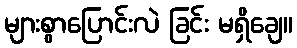
များစွာပြောင်းလဲ ခြင်း မရှိချေ။